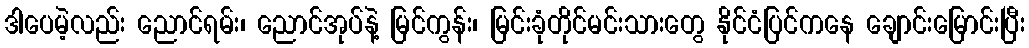
ဒါပေမဲ့လည်း ညောင်ရမ်း၊ ညောင်အုပ်နဲ့ မြင်ကွန်း၊ မြင်းခုံတိုင်မင်းသားတွေ နိုင်ငံပြင်ကနေ ချောင်းမြောင်းပြီး